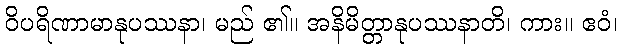
ဝိပရိဏာမာနုပဿနာ၊ မည် ၏။ အနိမိတ္တာနုပဿနာတိ၊ ကား။ ဧဝံ၊